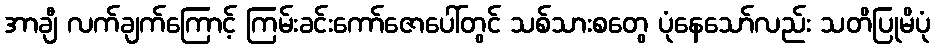
အာချီ လက်ချက်ကြောင့် ကြမ်းခင်းကော်ဇောပေါ်တွင် သစ်သားစတွေ ပုံနေသော်လည်း သတိပြုမိပုံ